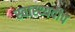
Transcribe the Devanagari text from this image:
स्वास्थ्यदीप